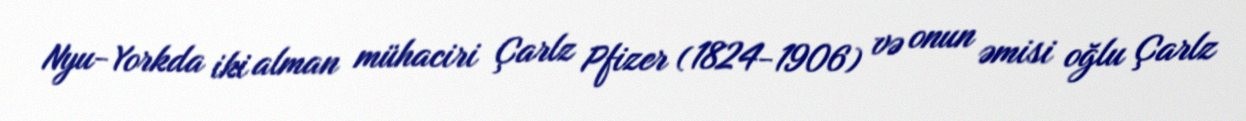
Nyu-Yorkda iki alman mühaciri Çarlz Pfizer (1824-1906) və onun əmisi oğlu Çarlz